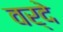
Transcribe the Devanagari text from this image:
वर्देे